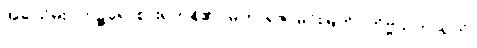
အခါသိမ်း။ ဘုဉ္ဇရေ၊ စားရကုန်၏။ မဟာရဇ၊ မင်းမြတ်။ ကိဗ္ဗိသကာရကံ၊